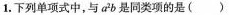
1.下列单项式中，与a^2b是同类项的是（ ）